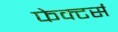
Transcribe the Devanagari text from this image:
फेक्टर्स